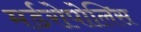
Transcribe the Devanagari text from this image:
मर्डरोपोलिस